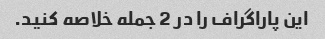
این پاراگراف را در 2 جمله خلاصه کنید.